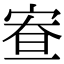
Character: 𡨵